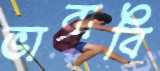
ভাবাবি